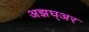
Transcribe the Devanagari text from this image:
अझघ्अर